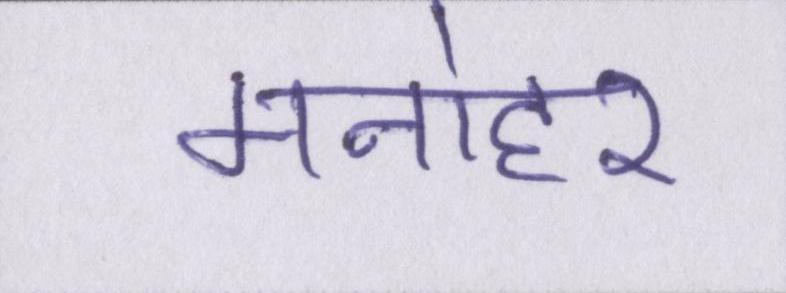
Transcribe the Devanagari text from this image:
मनोहर